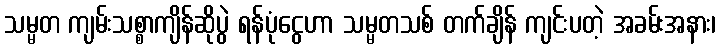
သမ္မတ ကျမ်းသစ္စာကျိန်ဆိုပွဲ ရန်ပုံငွေဟာ သမ္မတသစ် တက်ချိန် ကျင်းပတဲ့ အခမ်းအနား၊